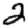
Digit: 2